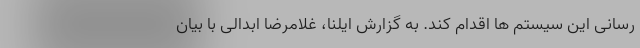
رسانی این سیستم ها اقدام کند. به گزارش ایلنا، غلامرضا ابدالی با بیان